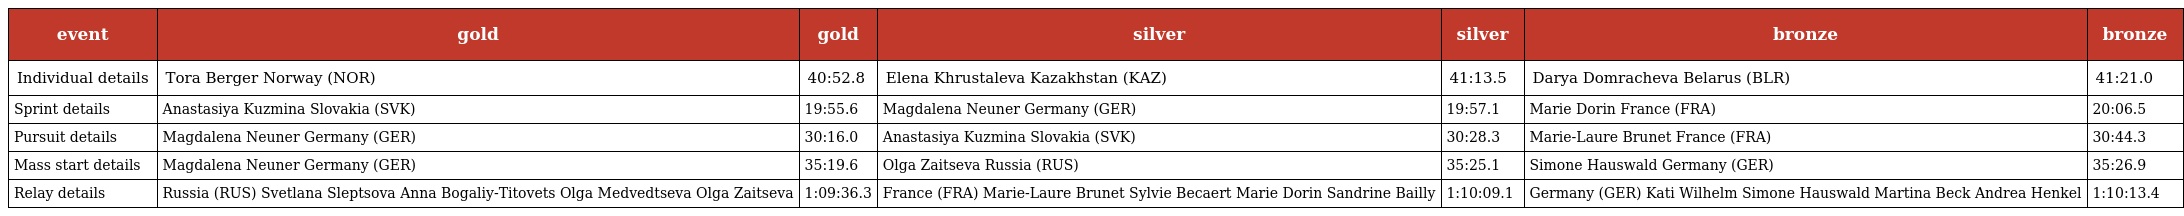
| event | gold | gold | silver | silver | bronze | bronze |
 | --- | --- | --- | --- | --- | --- | --- |
 | Individual details | Tora Berger Norway (NOR) | 40:52.8 | Elena Khrustaleva Kazakhstan (KAZ) | 41:13.5 | Darya Domracheva Belarus (BLR) | 41:21.0 |
 | Sprint details | Anastasiya Kuzmina Slovakia (SVK) | 19:55.6 | Magdalena Neuner Germany (GER) | 19:57.1 | Marie Dorin France (FRA) | 20:06.5 |
 | Pursuit details | Magdalena Neuner Germany (GER) | 30:16.0 | Anastasiya Kuzmina Slovakia (SVK) | 30:28.3 | Marie-Laure Brunet France (FRA) | 30:44.3 |
 | Mass start details | Magdalena Neuner Germany (GER) | 35:19.6 | Olga Zaitseva Russia (RUS) | 35:25.1 | Simone Hauswald Germany (GER) | 35:26.9 |
 | Relay details | Russia (RUS) Svetlana Sleptsova Anna Bogaliy-Titovets Olga Medvedtseva Olga Zaitseva | 1:09:36.3 | France (FRA) Marie-Laure Brunet Sylvie Becaert Marie Dorin Sandrine Bailly | 1:10:09.1 | Germany (GER) Kati Wilhelm Simone Hauswald Martina Beck Andrea Henkel | 1:10:13.4 |